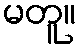
မတူ။